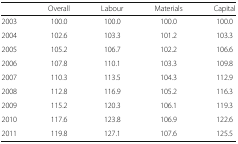
|  | Overall | Labour | Materials | Capital |
 | --- | --- | --- | --- | --- |
 | 2003 | 100.0 | 100.0 | 100.0 | 100.0 |
 | 2004 | 102.6 | 103.3 | 101.2 | 103.3 |
 | 2005 | 105.2 | 106.7 | 102.2 | 106.6 |
 | 2006 | 107.8 | 110.1 | 103.3 | 109.8 |
 | 2007 | 110.3 | 113.5 | 104.3 | 112.9 |
 | 2008 | 112.8 | 116.9 | 105.2 | 116.3 |
 | 2009 | 115.2 | 120.3 | 106.1 | 119.3 |
 | 2010 | 117.6 | 123.8 | 106.9 | 122.6 |
 | 2011 | 119.8 | 127.1 | 107.6 | 125.5 |